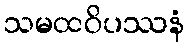
သမထဝိပဿနံ